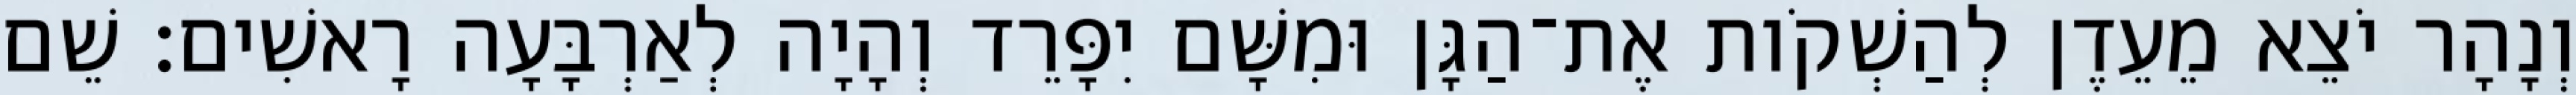
וְנָהָר יֹצֵא מֵעֵדֶן לְהַשְׁקֹות אֶת־הַגָּן וּמִשָּׁם יִפָּרֵד וְהָיָה לְאַרְבָּעָה רָאשִׁים׃ שֵׁם